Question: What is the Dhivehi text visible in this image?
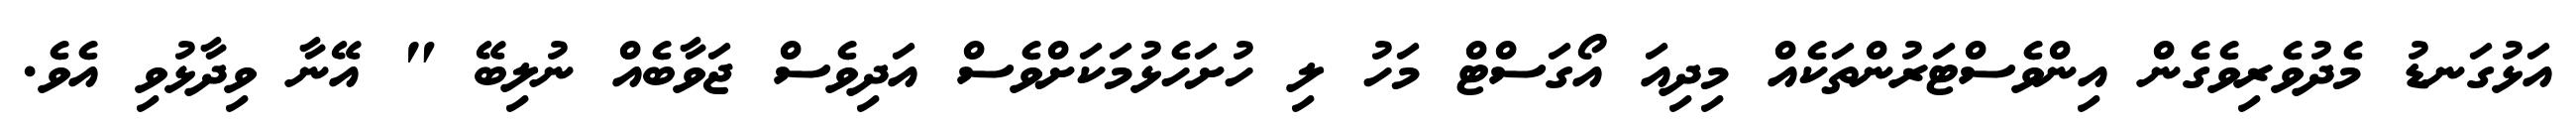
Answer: އަޅުގަނޑު މެދުވެރިވެގެން އިންވެސްޓަރުންތަކެއް މިދިއަ އޯގަސްޓް މަހު ލި ހުށަހެޅުމަކަށްވެސް އަދިވެސް ޖަވާބެއް ނުލިބޭ " އޭނާ ވިދާޅުވި އެވެ.